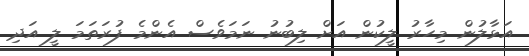
އަޅާލުން މިހާރު ލީކުން އަށް ލިބުނު ނަމަވެސް އެންމެ ފުރަތަމަ ލީ އަދި